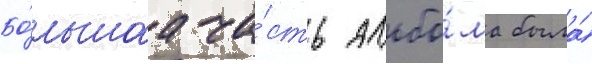
Бо́льшаа ча́сть альбо́ма была́